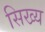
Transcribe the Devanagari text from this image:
सिख्य